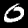
Digit: 0